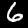
Label: 6